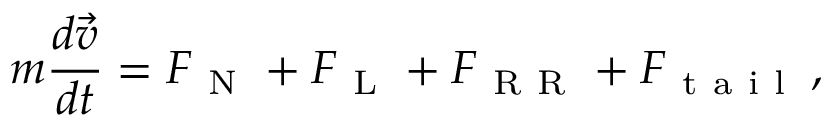
m \frac { d \vec { v } } { d t } = \boldsymbol { F } _ { \mathrm { ~ N ~ } } + \boldsymbol { F } _ { \mathrm { ~ L ~ } } + \boldsymbol { F } _ { \mathrm { ~ R ~ R ~ } } + \boldsymbol { F } _ { \mathrm { ~ t ~ a ~ i ~ l ~ } } \, ,